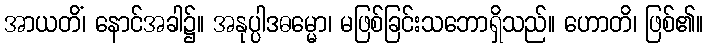
အာယတိံ၊ နောင်အခါ၌။ အနုပ္ပါဒဓမ္မော၊ မဖြစ်ခြင်းသဘောရှိသည်။ ဟောတိ၊ ဖြစ်၏။